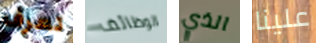
تعرف الوظائف الذي علينا